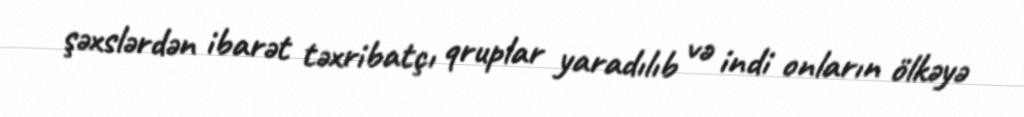
şəxslərdən ibarət təxribatçı qruplar yaradılıb və indi onların ölkəyə